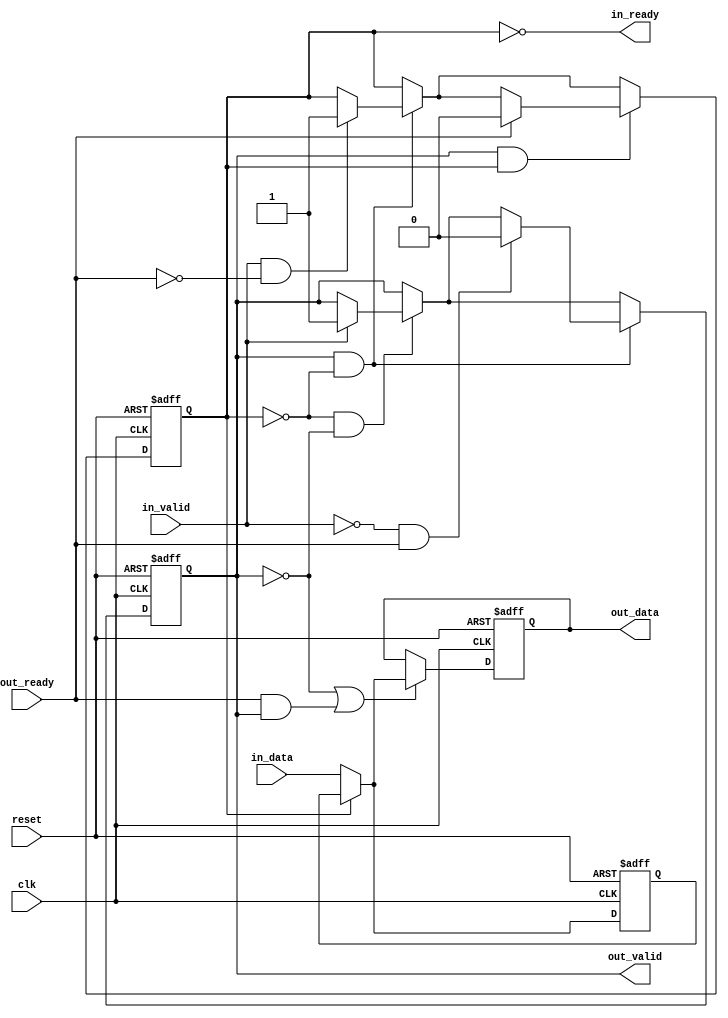
// (C) 2001-2018 Intel Corporation. All rights reserved.
// Your use of Intel Corporation's design tools, logic functions and other 
// software and tools, and its AMPP partner logic functions, and any output 
// files from any of the foregoing (including device programming or simulation 
// files), and any associated documentation or information are expressly subject 
// to the terms and conditions of the Intel Program License Subscription 
// Agreement, Intel FPGA IP License Agreement, or other applicable 
// license agreement, including, without limitation, that your use is for the 
// sole purpose of programming logic devices manufactured by Intel and sold by 
// Intel or its authorized distributors.  Please refer to the applicable 
// agreement for further details.


// $File: //acds/rel/18.0std/ip/avalon_st/altera_avalon_st_pipeline_stage/altera_avalon_st_pipeline_base.v $
// $Revision: #1 $
// $Date: 2018/01/31 $
// $Author: psgswbuild $
//------------------------------------------------------------------------------

`timescale 1ns / 1ns

module altera_avalon_st_pipeline_base (
                                       clk,
                                       reset,
                                       in_ready,
                                       in_valid,
                                       in_data,
                                       out_ready,
                                       out_valid,
                                       out_data
                                       );

   parameter  SYMBOLS_PER_BEAT  = 1;
   parameter  BITS_PER_SYMBOL   = 8;
   parameter  PIPELINE_READY    = 1;
   localparam DATA_WIDTH = SYMBOLS_PER_BEAT * BITS_PER_SYMBOL;
   
   input clk;
   input reset;
   
   output in_ready;
   input  in_valid;
   input [DATA_WIDTH-1:0] in_data;
   
   input                  out_ready;
   output                 out_valid;
   output [DATA_WIDTH-1:0] out_data;
   
   reg                     full0;
   reg                     full1;
   reg [DATA_WIDTH-1:0]    data0;
   reg [DATA_WIDTH-1:0]    data1;

   assign out_valid = full1;
   assign out_data  = data1;    
   
   generate if (PIPELINE_READY == 1) 
     begin : REGISTERED_READY_PLINE
        
        assign in_ready  = !full0;

        always @(posedge clk, posedge reset) begin
           if (reset) begin
              data0 <= {DATA_WIDTH{1'b0}};
              data1 <= {DATA_WIDTH{1'b0}};
           end else begin
              // ----------------------------
              // always load the second slot if we can
              // ----------------------------
              if (~full0)
                data0 <= in_data;
              // ----------------------------
              // first slot is loaded either from the second,
              // or with new data
              // ----------------------------
              if (~full1 || (out_ready && out_valid)) begin
                 if (full0)
                   data1 <= data0;
                 else
                   data1 <= in_data;
              end
           end
        end
        
        always @(posedge clk or posedge reset) begin
           if (reset) begin
              full0    <= 1'b0;
              full1    <= 1'b0;
           end else begin
              // no data in pipeline
              if (~full0 & ~full1) begin
                 if (in_valid) begin
                    full1 <= 1'b1;
                 end
              end // ~f1 & ~f0

              // one datum in pipeline 
              if (full1 & ~full0) begin
                 if (in_valid & ~out_ready) begin
                    full0 <= 1'b1;
                 end
                 // back to empty
                 if (~in_valid & out_ready) begin
                    full1 <= 1'b0;
                 end
              end // f1 & ~f0
              
              // two data in pipeline 
              if (full1 & full0) begin
                 // go back to one datum state
                 if (out_ready) begin
                    full0 <= 1'b0;
                 end
              end // end go back to one datum stage
           end
        end

     end 
   else 
     begin : UNREGISTERED_READY_PLINE
	
	// in_ready will be a pass through of the out_ready signal as it is not registered
	assign in_ready = (~full1) | out_ready;
	
	always @(posedge clk or posedge reset) begin
	   if (reset) begin
	      data1 <= 'b0;
	      full1 <= 1'b0;
	   end
	   else begin
	      if (in_ready) begin
		 data1 <= in_data;
		 full1 <= in_valid;
	      end
	   end
	end		
     end
   endgenerate
endmodule